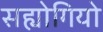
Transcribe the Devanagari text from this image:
सह्योगियो